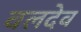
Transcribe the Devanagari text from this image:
वलदेव